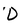
Character: D